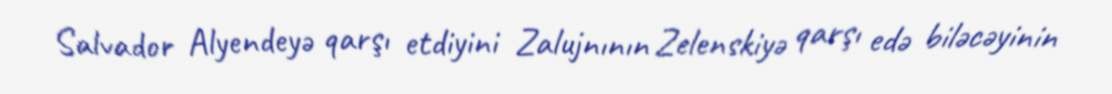
Salvador Alyendeyə qarşı etdiyini Zalujnının Zelenskiyə qarşı edə biləcəyinin